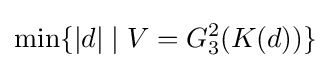
\min\{|d|\mid V=G_{3}^{2}(K(d))\}